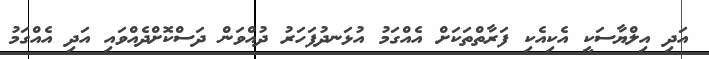
އަދި އިލްޔާސަކީ އެކިއެކި ފަރާތްތަކަށް އެއްގަމު އުޅަނދުފަހަރު ދުއްވަން ދަސްކޮށްދެއްވައި އަދި އެއްގަމު